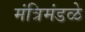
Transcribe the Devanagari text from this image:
मंत्रिमंडळे